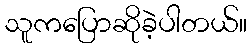
သူကပြောဆိုခဲ့ပါတယ်။